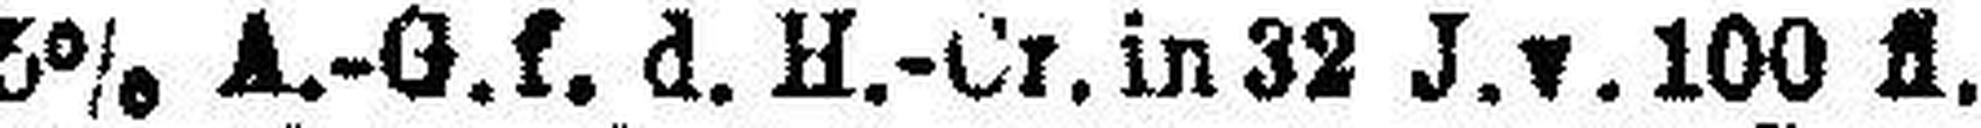
5% A.-G.f. d. H.-Cr. in 32 J.v.100 fl.